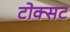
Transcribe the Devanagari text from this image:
टोक्सट